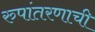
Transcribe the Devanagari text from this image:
रुपांतरणाची